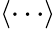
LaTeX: \langle\cdots\rangle